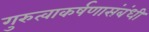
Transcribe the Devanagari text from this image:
गुरुत्वाकर्षणासंबंधी